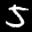
Label: 5